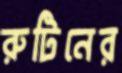
রুটিনের